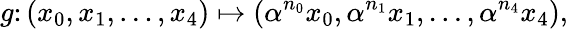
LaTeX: g\colon(x_{0},x_{1},\ldots,x_{4})\mapsto(\alpha^{n_{0}}x_{0},\alpha^{n_{1}}x_{1},\ldots,\alpha^{n_{4}}x_{4}),